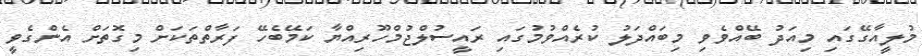
މުލީއާގޭގައި މިއަދު ބޭއްވެވި މިބައްދަލު ކުރެއްވުމުގައި ރައީސުލްޖުމްހޫރިއްޔާ ކަމޭބެހޭ ފަރާތްތަކަށް މިގޮތަށް އެންގެވީ